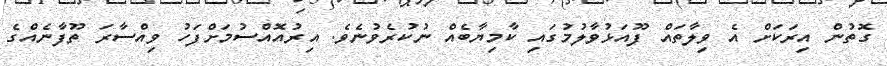
ގޮތުން އިރަކަށް އެ ވިލާތައް ފޫއަޅުވާލުމުގައި ކާމިޔާބެއް ނުކުރެވުނެވެ. އިރުއޮއްސުމަށްފަހު ވިއްސާރަ ތޫފާނެއްގެ